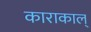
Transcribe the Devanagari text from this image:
काराकाल्